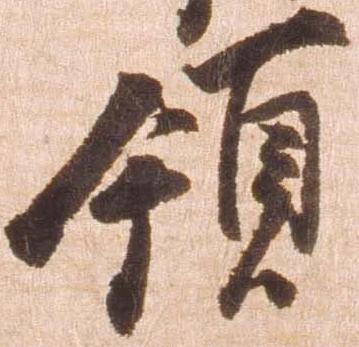
領